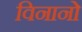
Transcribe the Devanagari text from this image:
विनानो